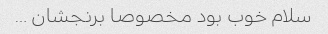
سلام خوب بود مخصوصا برنجشان …